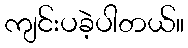
ကျင်းပခဲ့ပါတယ်။